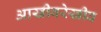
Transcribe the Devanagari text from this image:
आखीवरेखीव